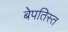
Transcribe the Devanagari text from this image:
बेपतिस्त